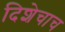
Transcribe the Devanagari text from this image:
दिशेचाच